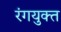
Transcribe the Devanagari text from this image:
रंगयुक्त